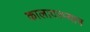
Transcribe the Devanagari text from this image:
कालादरम्यान